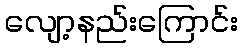
လျော့နည်းကြောင်း